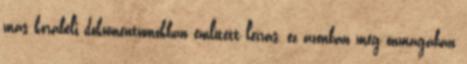
más korabeli dokumentumokban említett leírás, ez azonban még önmagában